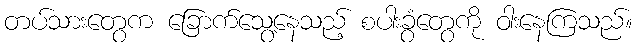
တပ်သားတွေက ခြောက်သွေ့နေသည့် စပါးခွံတွေကို ဝါးနေကြသည်။